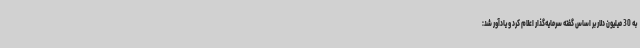
به 30 میلیون دلار بر اساس گفته سرمایه‌گذار اعلام کرد و یادآور شد: